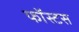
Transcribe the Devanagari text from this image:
फॉस्टस